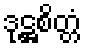
ဒုဋ္ဌစိတ္တံ